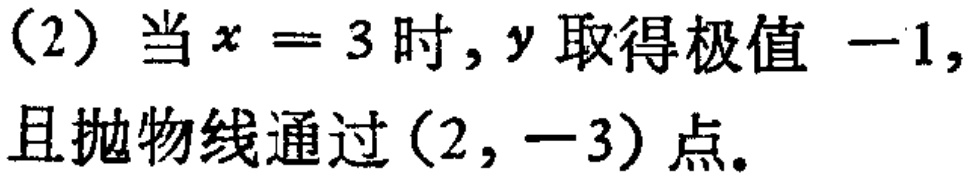
(2) 当 \(x = 3\) 时, \(y\) 取得极值 \(-1\), 且抛物线通过 \((2,-3)\) 点。